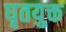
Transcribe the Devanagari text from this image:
घृतयुक्त